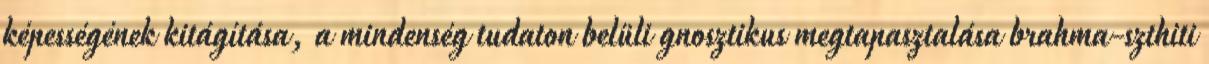
képességének kitágítása, a mindenség tudaton belüli gnosztikus megtapasztalása brahma-szthiti